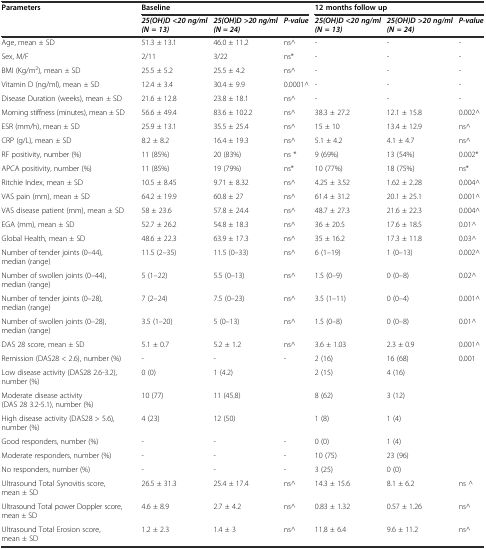
<table><thead><tr><td rowspan="2"><b>Parameters</b></td><td colspan="3"><b>Baseline</b></td><td colspan="3"><b>12 months follow up</b></td></tr><tr><td><b><i>25(OH)D &lt;20 ng/ml (N = 13)</i></b></td><td><b><i>25(OH)D &gt;20 ng/ml (N = 24)</i></b></td><td><b><i>P-value</i></b></td><td><b><i>25(OH)D &lt;20 ng/ml (N = 13)</i></b></td><td><b><i>25(OH)D &gt;20 ng/ml (N = 24)</i></b></td><td><b><i>P-value</i></b></td></tr></thead><tbody><tr><td>Age, mean <i>±</i> SD</td><td>51.3 ± 13.1</td><td>46.0 ± 11.2</td><td>ns^</td><td>-</td><td>-</td><td>-</td></tr><tr><td>Sex, M/F</td><td>2/11</td><td>3/22</td><td>ns*</td><td>-</td><td>-</td><td>-</td></tr><tr><td>BMI (Kg/m<sup>2</sup>), mean <i>±</i> SD</td><td>25.5 ± 5.2</td><td>25.5 ± 4.2</td><td>ns^</td><td>-</td><td>-</td><td>-</td></tr><tr><td>Vitamin D (ng/ml), mean <i>±</i> SD</td><td>12.4 ± 3.4</td><td>30.4 ± 9.9</td><td>0.0001^</td><td>-</td><td>-</td><td>-</td></tr><tr><td>Disease Duration (weeks), mean <i>±</i> SD</td><td>21.6 ± 12.8</td><td>23.8 ± 18.1</td><td>ns^</td><td>-</td><td>-</td><td>-</td></tr><tr><td>Morning stiffness (minutes), mean ± SD</td><td>56.6 ± 49.4</td><td>83.6 ± 102.2</td><td>ns^</td><td>38.3 ± 27.2</td><td>12.1 ± 15.8</td><td>0.002^</td></tr><tr><td>ESR (mm/h), mean ± SD</td><td>25.9 ± 13.1</td><td>35.5 ± 25.4</td><td>ns^</td><td>15 ± 10</td><td>13.4 ± 12.9</td><td>ns^</td></tr><tr><td>CRP (g/L), mean ± SD</td><td>8.2 ± 8.2</td><td>16.4 ± 19.3</td><td>ns^</td><td>5.1 ± 4.2</td><td>4.1 ± 4.7</td><td>ns^</td></tr><tr><td>RF positivity, number (%)</td><td>11 (85%)</td><td>20 (83%)</td><td>ns *</td><td>9 (69%)</td><td>13 (54%)</td><td>0.002*</td></tr><tr><td>APCA positivity, number (%)</td><td>11 (85%)</td><td>19 (79%)</td><td>ns*</td><td>10 (77%)</td><td>18 (75%)</td><td>ns*</td></tr><tr><td>Ritchie Index, mean ± SD</td><td>10.5 ± 8.45</td><td>9.71 ± 8.32</td><td>ns^</td><td>4.25 ± 3.52</td><td>1.62 ± 2.28</td><td>0.004^</td></tr><tr><td>VAS pain (mm), mean ± SD</td><td>64.2 ± 19.9</td><td>60.8 ± 27</td><td>ns^</td><td>61.4 ± 31.2</td><td>20.1 ± 25.1</td><td>0.001^</td></tr><tr><td>VAS disease patient (mm), mean ± SD</td><td>58 ± 23.6</td><td>57.8 ± 24.4</td><td>ns^</td><td>48.7 ± 27.3</td><td>21.6 ± 22.3</td><td>0.004^</td></tr><tr><td>EGA (mm), mean ± SD</td><td>52.7 ± 26.2</td><td>54.8 ± 18.3</td><td>ns^</td><td>36 ± 20.5</td><td>17.6 ± 18.5</td><td>0.01^</td></tr><tr><td>Global Health, mean ± SD</td><td>48.6 ± 22.3</td><td>63.9 ± 17.3</td><td>ns^</td><td>35 ± 16.2</td><td>17.3 ± 11.8</td><td>0.03^</td></tr><tr><td>Number of tender joints (0–44), median (range)</td><td>11.5 (2–35)</td><td>11.5 (0–33)</td><td>ns^</td><td>6 (1–19)</td><td>1 (0–13)</td><td>0.002^</td></tr><tr><td>Number of swollen joints (0–44), median (range)</td><td>5 (1–22)</td><td>5.5 (0–13)</td><td>ns^</td><td>1.5 (0–9)</td><td>0 (0–8)</td><td>0.02^</td></tr><tr><td>Number of tender joints (0–28), median (range)</td><td>7 (2–24)</td><td>7.5 (0–23)</td><td>ns^</td><td>3.5 (1–11)</td><td>0 (0–4)</td><td>0.001^</td></tr><tr><td>Number of swollen joints (0–28), median (range)</td><td>3.5 (1–20)</td><td>5 (0–13)</td><td>ns^</td><td>1.5 (0–8)</td><td>0 (0–8)</td><td>0.01^</td></tr><tr><td>DAS 28 score, mean ± SD</td><td>5.1 ± 0.7</td><td>5.2 ± 1.2</td><td>ns^</td><td>3.6 ± 1.03</td><td>2.3 ± 0.9</td><td>0.001^</td></tr><tr><td>Remission (DAS28 &lt; 2.6), number (%)</td><td>-</td><td>-</td><td>-</td><td>2 (16)</td><td>16 (68)</td><td>0.001</td></tr><tr><td>Low disease activity (DAS28 2.6-3.2), number (%)</td><td>0 (0)</td><td>1 (4.2)</td><td></td><td>2 (15)</td><td>4 (16)</td><td></td></tr><tr><td>Moderate disease activity (DAS 28 3.2-5.1), number (%)</td><td>10 (77)</td><td>11 (45.8)</td><td></td><td>8 (62)</td><td>3 (12)</td><td></td></tr><tr><td>High disease activity (DAS28 &gt; 5.6), number (%)</td><td>4 (23)</td><td>12 (50)</td><td></td><td>1 (8)</td><td>1 (4)</td><td></td></tr><tr><td>Good responders, number (%)</td><td>-</td><td>-</td><td>-</td><td>0 (0)</td><td>1 (4)</td><td></td></tr><tr><td>Moderate responders, number (%)</td><td>-</td><td>-</td><td>-</td><td>10 (75)</td><td>23 (96)</td><td></td></tr><tr><td>No responders, number (%)</td><td>-</td><td>-</td><td>-</td><td>3 (25)</td><td>0 (0)</td><td></td></tr><tr><td>Ultrasound Total Synovitis score, mean ± SD</td><td>26.5 ± 31.3</td><td>25.4 ± 17.4</td><td>ns^</td><td>14.3 ± 15.6</td><td>8.1 ± 6.2</td><td>ns ^</td></tr><tr><td>Ultrasound Total power Doppler score, mean ± SD</td><td>4.6 ± 8.9</td><td>2.7 ± 4.2</td><td>ns^</td><td>0.83 ± 1.32</td><td>0.57 ± 1.26</td><td>ns^</td></tr><tr><td>Ultrasound Total Erosion score, mean ± SD</td><td>1.2 ± 2.3</td><td>1.4 ± 3</td><td>ns^</td><td>11.8 ± 6.4</td><td>9.6 ± 11.2</td><td>ns^</td></tr></tbody></table>